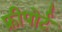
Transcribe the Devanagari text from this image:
फ़्रीपोर्ट